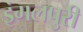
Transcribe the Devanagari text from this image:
इंगलपुरी